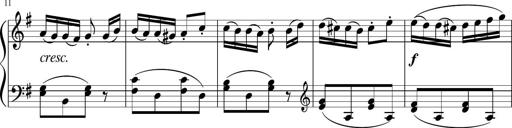
Title: 3 Sonatinen
Composer: Heinrich Lichner